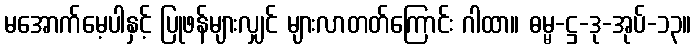
မအောက်မေ့ပါနှင့် ပြုဖန်များလျှင် များလာတတ်ကြောင်း ဂါထာ။ ဓမ္မ-ဋ္ဌ-ဒု-အုပ်-၁၃။